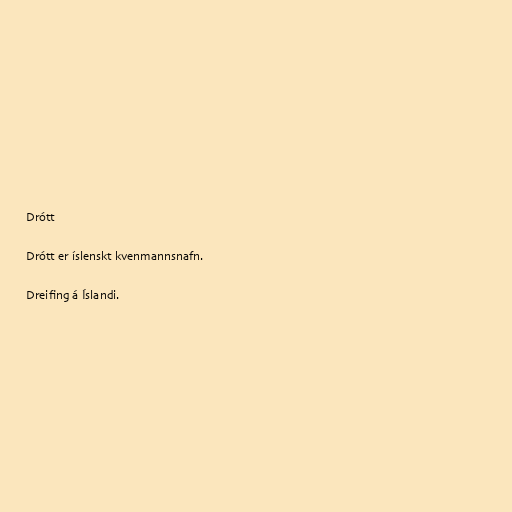
Drótt

Drótt er íslenskt kvenmannsnafn.

Dreifing á Íslandi.